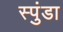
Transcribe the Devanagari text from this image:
स्पुंडा